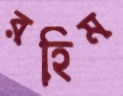
রহিম